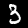
Digit: 3